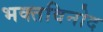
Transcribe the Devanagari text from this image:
भक्तविनोद